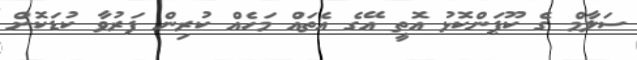
ސަލާމް ގެ ކޫޕަންކޮޅު އޮތީ އޭގެ އެތައް މަހެއް ކުރިން ފަރުވާ ކުޑަކޮށް